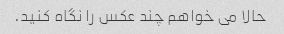
حالا می خواهم چند عکس را نگاه کنید.